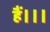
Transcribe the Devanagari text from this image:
हैं।।।